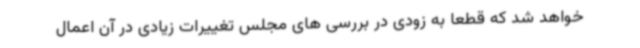
خواهد شد که قطعا به زودی در بررسی های مجلس تغییرات زیادی در آن اعمال